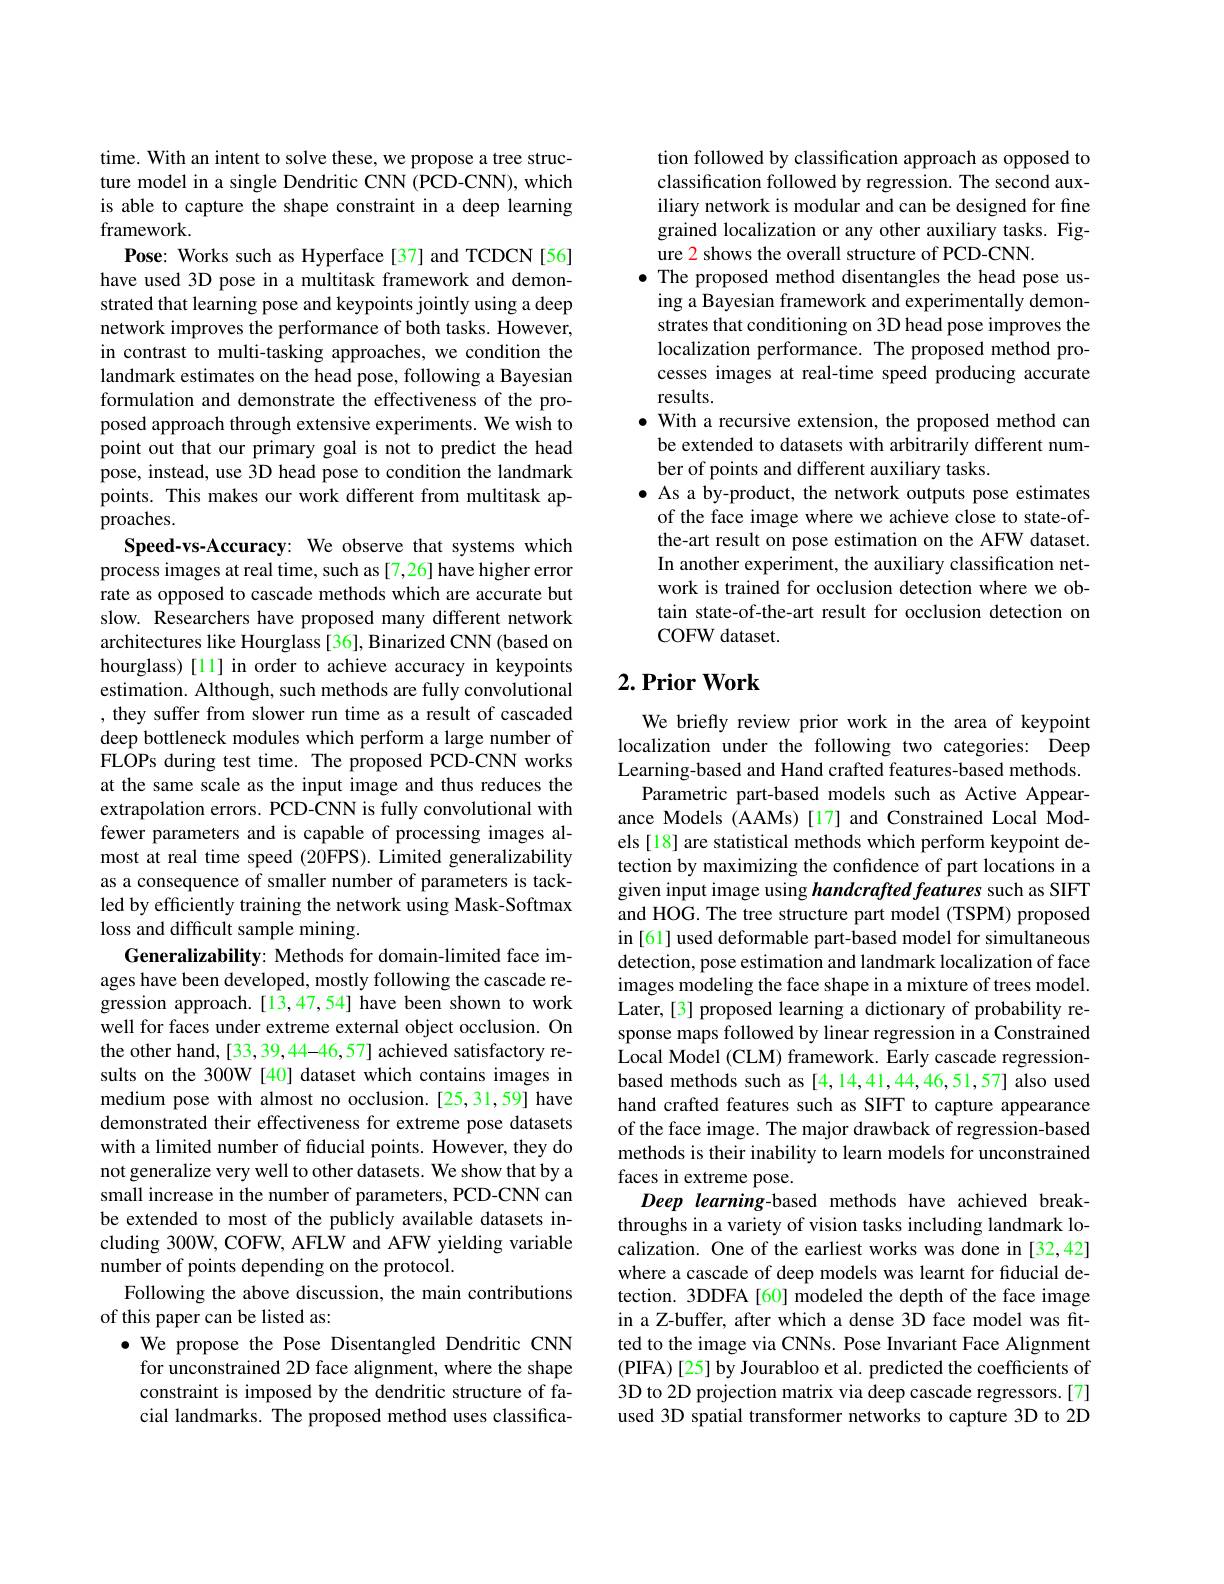
time. With an intent to solve these, we propose a tree structure model in a single Dendritic CNN (PCD-CNN), which is able to capture the shape constraint in a deep learning framework
Pose: Works such as Hyperface[37] and TCDCN[56] have used 3D pose in a multitask framework and demonstrated that learning pose and keypoints jointly using a deep network improves the performance of both tasks. However, in contrast to multi-tasking approaches, we condition the landmark estimates on the head pose, following a Bayesian formulation and demonstrate the effectiveness of the proposed approach through extensive experiments. We wish to point out that our primary goal is not to predict the head pose, instead, use 3D head pose to condition the landmark points. This makes our work different from multitask approaches.
Speed-vs-Accuracy: We observe that systems which process images at real time, such as [7,26] have higher error rate as opposed to cascade methods which are accurate but slow. Researchers have proposed many different network architectures like Hourglass [36], Binarized CNN (based on hourglass) [11] in order to achieve accuracy in keypoints estimation. Although, such methods are fully convolutional , they suffer from slower run time as a result of cascaded deep bottleneck modules which perform a large number of FLOPs during test time. The proposed PCD-CNN works at the same scale as the input image and thus reduces the extrapolation errors. PCD-CNN is fully convolutional with fewer parameters and is capable of processing images almost at real time speed (20FPS). Limited generalizability as a consequence of smaller number of parameters is tackled by efficiently training the network using Mask-Softmax loss and difficult sample mining.
Generalizability: Methods for domain-limited face images have been developed, mostly following the cascade regression approach.[13,47,54] have been shown to work well for faces under extreme external object occlusion. On the other hand, [33,39,44-46,57] achieved satisfactory results on the 300W [40] dataset which contains images in medium pose with almost no occlusion.[25,31,59] have demonstrated their effectiveness for extreme pose datasets with a limited number of fiducial points. However, they do not generalize very well to other datasets. We show that by a small increase in the number of parameters, PCD-CNN can be extended to most of the publicly available datasets including 300W, COFW, AFLW and AFW yielding variable number of points depending on the protocol.
Following the above discussion, the main contributions
of this paper can be listed as:
$\bullet$ We propose the Pose Disentangled Dendritic CNN
for unconstrained 2D face alignment, where the shape constraint is imposed by the dendritic structure of facial landmarks. The proposed method uses classifica-

tion followed by classification approach as opposed to classification followed by regression. The second auxiliary network is modular and can be designed for fine grained localization or any other auxiliary tasks. Figure 2 shows the overall structure of PCD-CNN.
· The proposed method disentangles the head pose us-
ing a Bayesian framework and experimentally demonstrates that conditioning on 3D head pose improves the localization performance. The proposed method processes images at real-time speed producing accurate results.
$\bullet$ With a recursive extension, the proposed method can
be extended to datasets with arbitrarily different num-
ber of points and different auxiliary tasks.
$\bullet$ As a by-product, the network outputs pose estimates
of the face image where we achieve close to state-ofthe-art result on pose estimation on the AFW dataset. In another experiment, the auxiliary classification network is trained for occlusion detection where we obtain state-of-the-art result for occlusion detection on COFW dataset.

## $2. \textbf{Prior Work}$

We briefly review prior work in the area of keypoint localization under the following two categories: Deep Learning-based and Hand crafted features-based methods.
Parametric part-based models such as Active Appearance Models (AAMs)[17] and Constrained Local Models [18] are statistical methods which perform keypoint detection by maximizing the confidence of part locations in a given input image using handcrafted features such as SIFT and HOG. The tree structure part model (TSPM) proposed in [61] used deformable part-based model for simultaneous detection, pose estimation and landmark localization of face images modeling the face shape in a mixture of trees model. Later,[3] proposed learning a dictionary of probability response maps followed by linear regression in a Constrained Local Model (CLM) framework. Early cascade regressionbased methods such as [4,14,41,44,46,51,57] also used hand crafted features such as SIFT to capture appearance of the face image. The major drawback of regression-based methods is their inability to learn models for unconstrained faces in extreme pose.
Deep learning-based methods have achieved breakthroughs in a variety of vision tasks including landmark localization. One of the earliest works was done in [32,42] where a cascade of deep models was learnt for fiducial detection. 3DDFA[60] modeled the depth of the face image in a Z-buffer, after which a dense 3D face model was fitted to the image via CNNs. Pose Invariant Face Alignment (PIFA)[25] by Jourabloo et al. predicted the coefficients of 3D to 2D projection matrix via deep cascade regressors.[7] used 3D spatial transformer networks to capture 3D to 2D